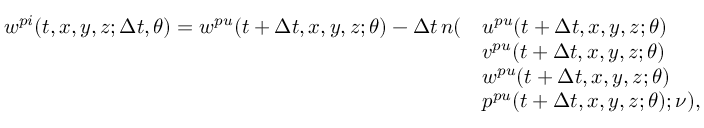
\begin{array} { r l } { w ^ { p i } ( t , x , y , z ; \Delta t , \theta ) = w ^ { p u } ( t + \Delta t , x , y , z ; \theta ) - \Delta t \, n ( } & { u ^ { p u } ( t + \Delta t , x , y , z ; \theta ) } \\ & { v ^ { p u } ( t + \Delta t , x , y , z ; \theta ) } \\ & { w ^ { p u } ( t + \Delta t , x , y , z ; \theta ) } \\ & { p ^ { p u } ( t + \Delta t , x , y , z ; \theta ) ; \nu ) , } \end{array}